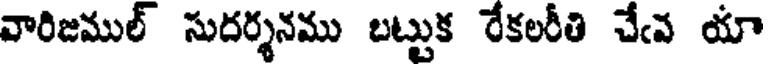
వారిజముల్ సుదర్శనము బట్టుక రేకలరీతి చేఁవ యా